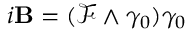
i \mathbf { B } = ( { \mathcal { F } } \wedge \gamma _ { 0 } ) \gamma _ { 0 }